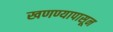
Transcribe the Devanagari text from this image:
खणण्यापासून